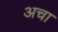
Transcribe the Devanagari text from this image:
अचा